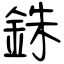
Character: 銖